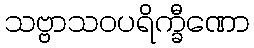
သဗ္ဗာသဝပရိက္ခီဏော